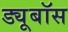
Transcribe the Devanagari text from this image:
ड्यूबॉस